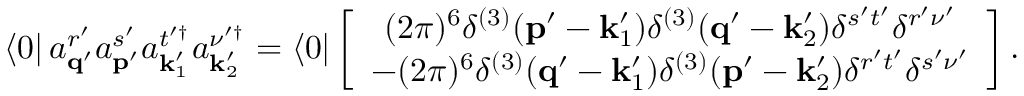
\left\langle 0 \right\vert a _ { \mathbf { q } ^ { \prime } } ^ { r ^ { \prime } } a _ { \mathbf { p } ^ { \prime } } ^ { s ^ { \prime } } a _ { \mathbf { k } _ { 1 } ^ { \prime } } ^ { t ^ { \prime \dagger } } a _ { \mathbf { k } _ { 2 } ^ { \prime } } ^ { \nu ^ { \prime \dagger } } = \left\langle 0 \right\vert \left[ \begin{array} { c } { ( 2 \pi ) ^ { 6 } \delta ^ { ( 3 ) } ( \mathbf { p } ^ { \prime } - \mathbf { k } _ { 1 } ^ { \prime } ) \delta ^ { ( 3 ) } ( \mathbf { q } ^ { \prime } - \mathbf { k } _ { 2 } ^ { \prime } ) \delta ^ { s ^ { \prime } t ^ { \prime } } \delta ^ { r ^ { \prime } \nu ^ { \prime } } } \\ { - ( 2 \pi ) ^ { 6 } \delta ^ { ( 3 ) } ( \mathbf { q } ^ { \prime } - \mathbf { k } _ { 1 } ^ { \prime } ) \delta ^ { ( 3 ) } ( \mathbf { p } ^ { \prime } - \mathbf { k } _ { 2 } ^ { \prime } ) \delta ^ { r ^ { \prime } t ^ { \prime } } \delta ^ { s ^ { \prime } \nu ^ { \prime } } } \end{array} \right] .